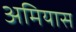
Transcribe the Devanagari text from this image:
अमियास